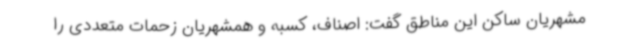
مشهریان ساکن این مناطق گفت: اصناف، کسبه و همشهریان زحمات متعددی را